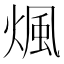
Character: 煈